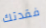
فقدتك